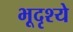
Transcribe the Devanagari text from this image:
भूदृश्ये